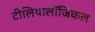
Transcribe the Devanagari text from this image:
टीलियालॉजिकल